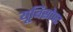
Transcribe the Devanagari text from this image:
यूबिसोफ्ट